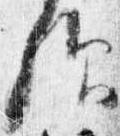
仰